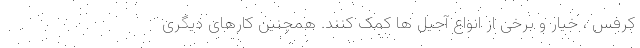
کرفس ، خیار و برخی از انواع آجیل ها کمک کنند. همچنین کارهای دیگری